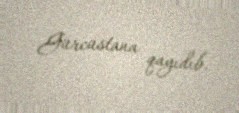
Gürcüstana qayıdıb.